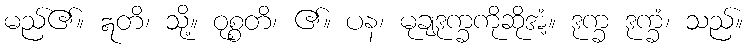
မည်၏။ ဣတိ၊ သို့။ ဝုစ္စတိ၊ ၏။ ပန၊ မုချဒုက္ခကိုဆိုအံ့။ ဒုက္ခ ဒုက္ခံ၊ သည်။